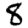
Digit: 8